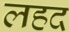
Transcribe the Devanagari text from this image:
लहद